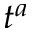
t ^ { a }